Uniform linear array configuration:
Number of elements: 16
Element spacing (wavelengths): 0.75
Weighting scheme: kaiser
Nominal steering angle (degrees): -15
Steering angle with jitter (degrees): -14.569
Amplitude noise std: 0.05
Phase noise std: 0.05

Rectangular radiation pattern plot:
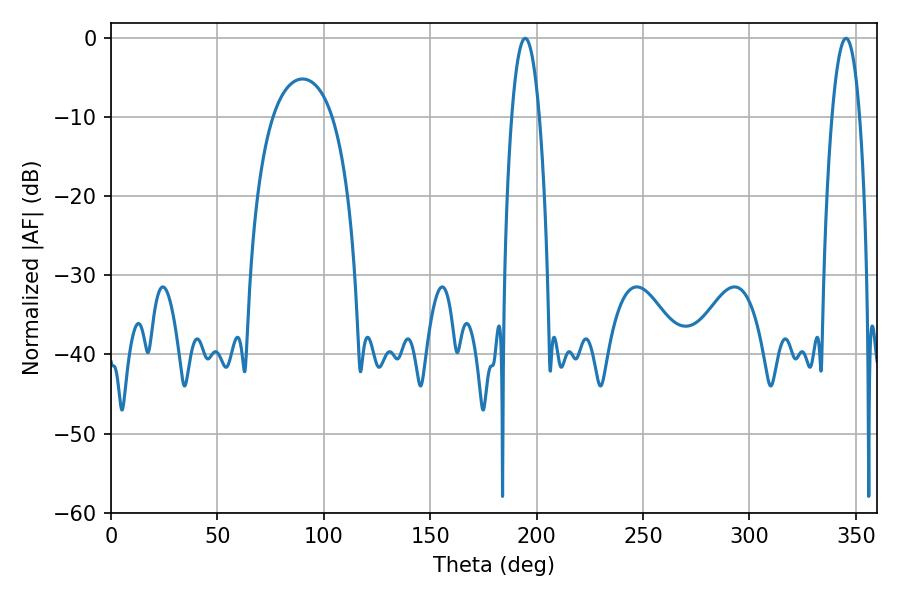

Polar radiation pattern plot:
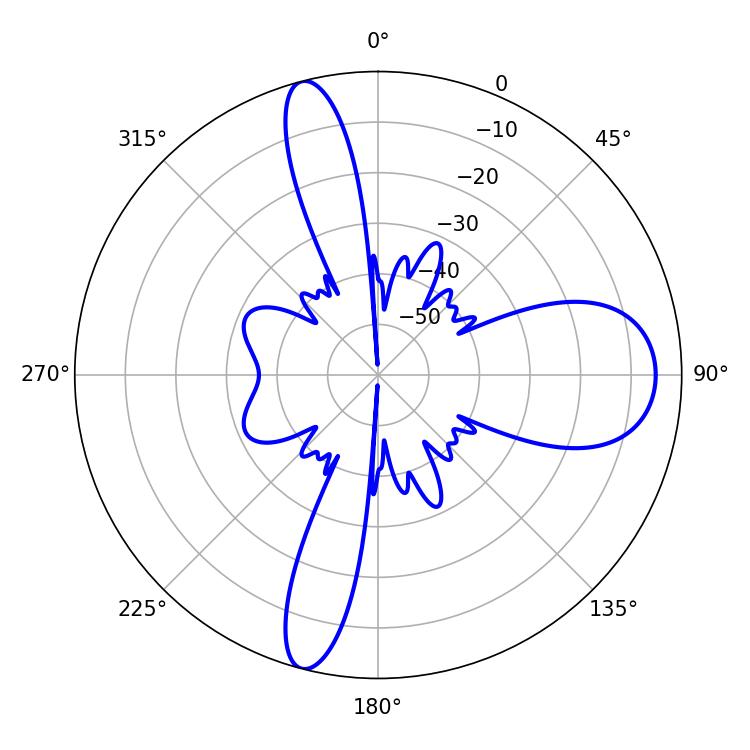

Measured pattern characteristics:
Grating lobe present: TRUE
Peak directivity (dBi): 15.793
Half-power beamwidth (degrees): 7.2
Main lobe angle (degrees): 194.58